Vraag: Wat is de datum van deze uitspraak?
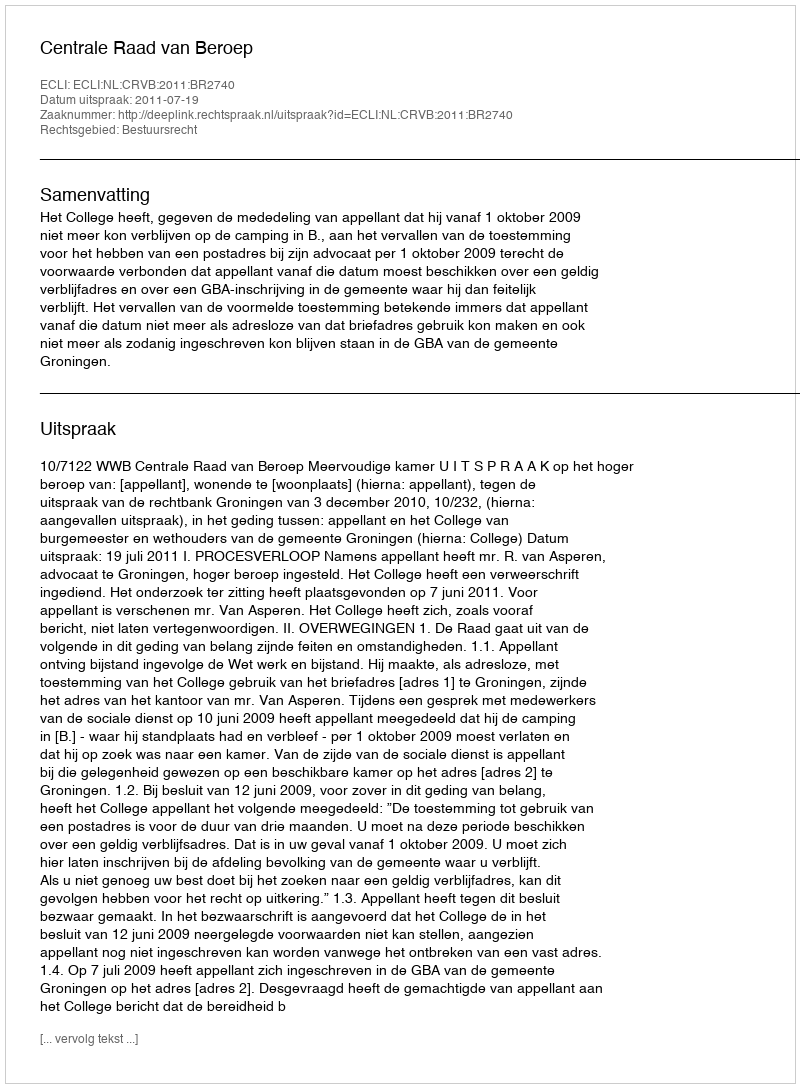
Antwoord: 2011-07-19